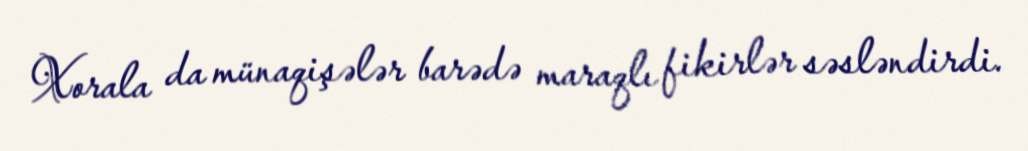
Xorala da münaqişələr barədə maraqlı fikirlər səsləndirdi.